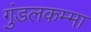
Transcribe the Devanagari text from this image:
गुंडलकम्मा